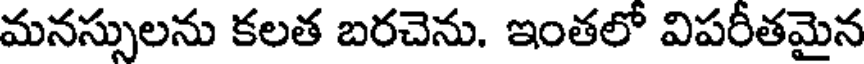
మనస్సులను కలత బరచెను. ఇంతలో విపరీతమైన